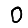
Digit: 0